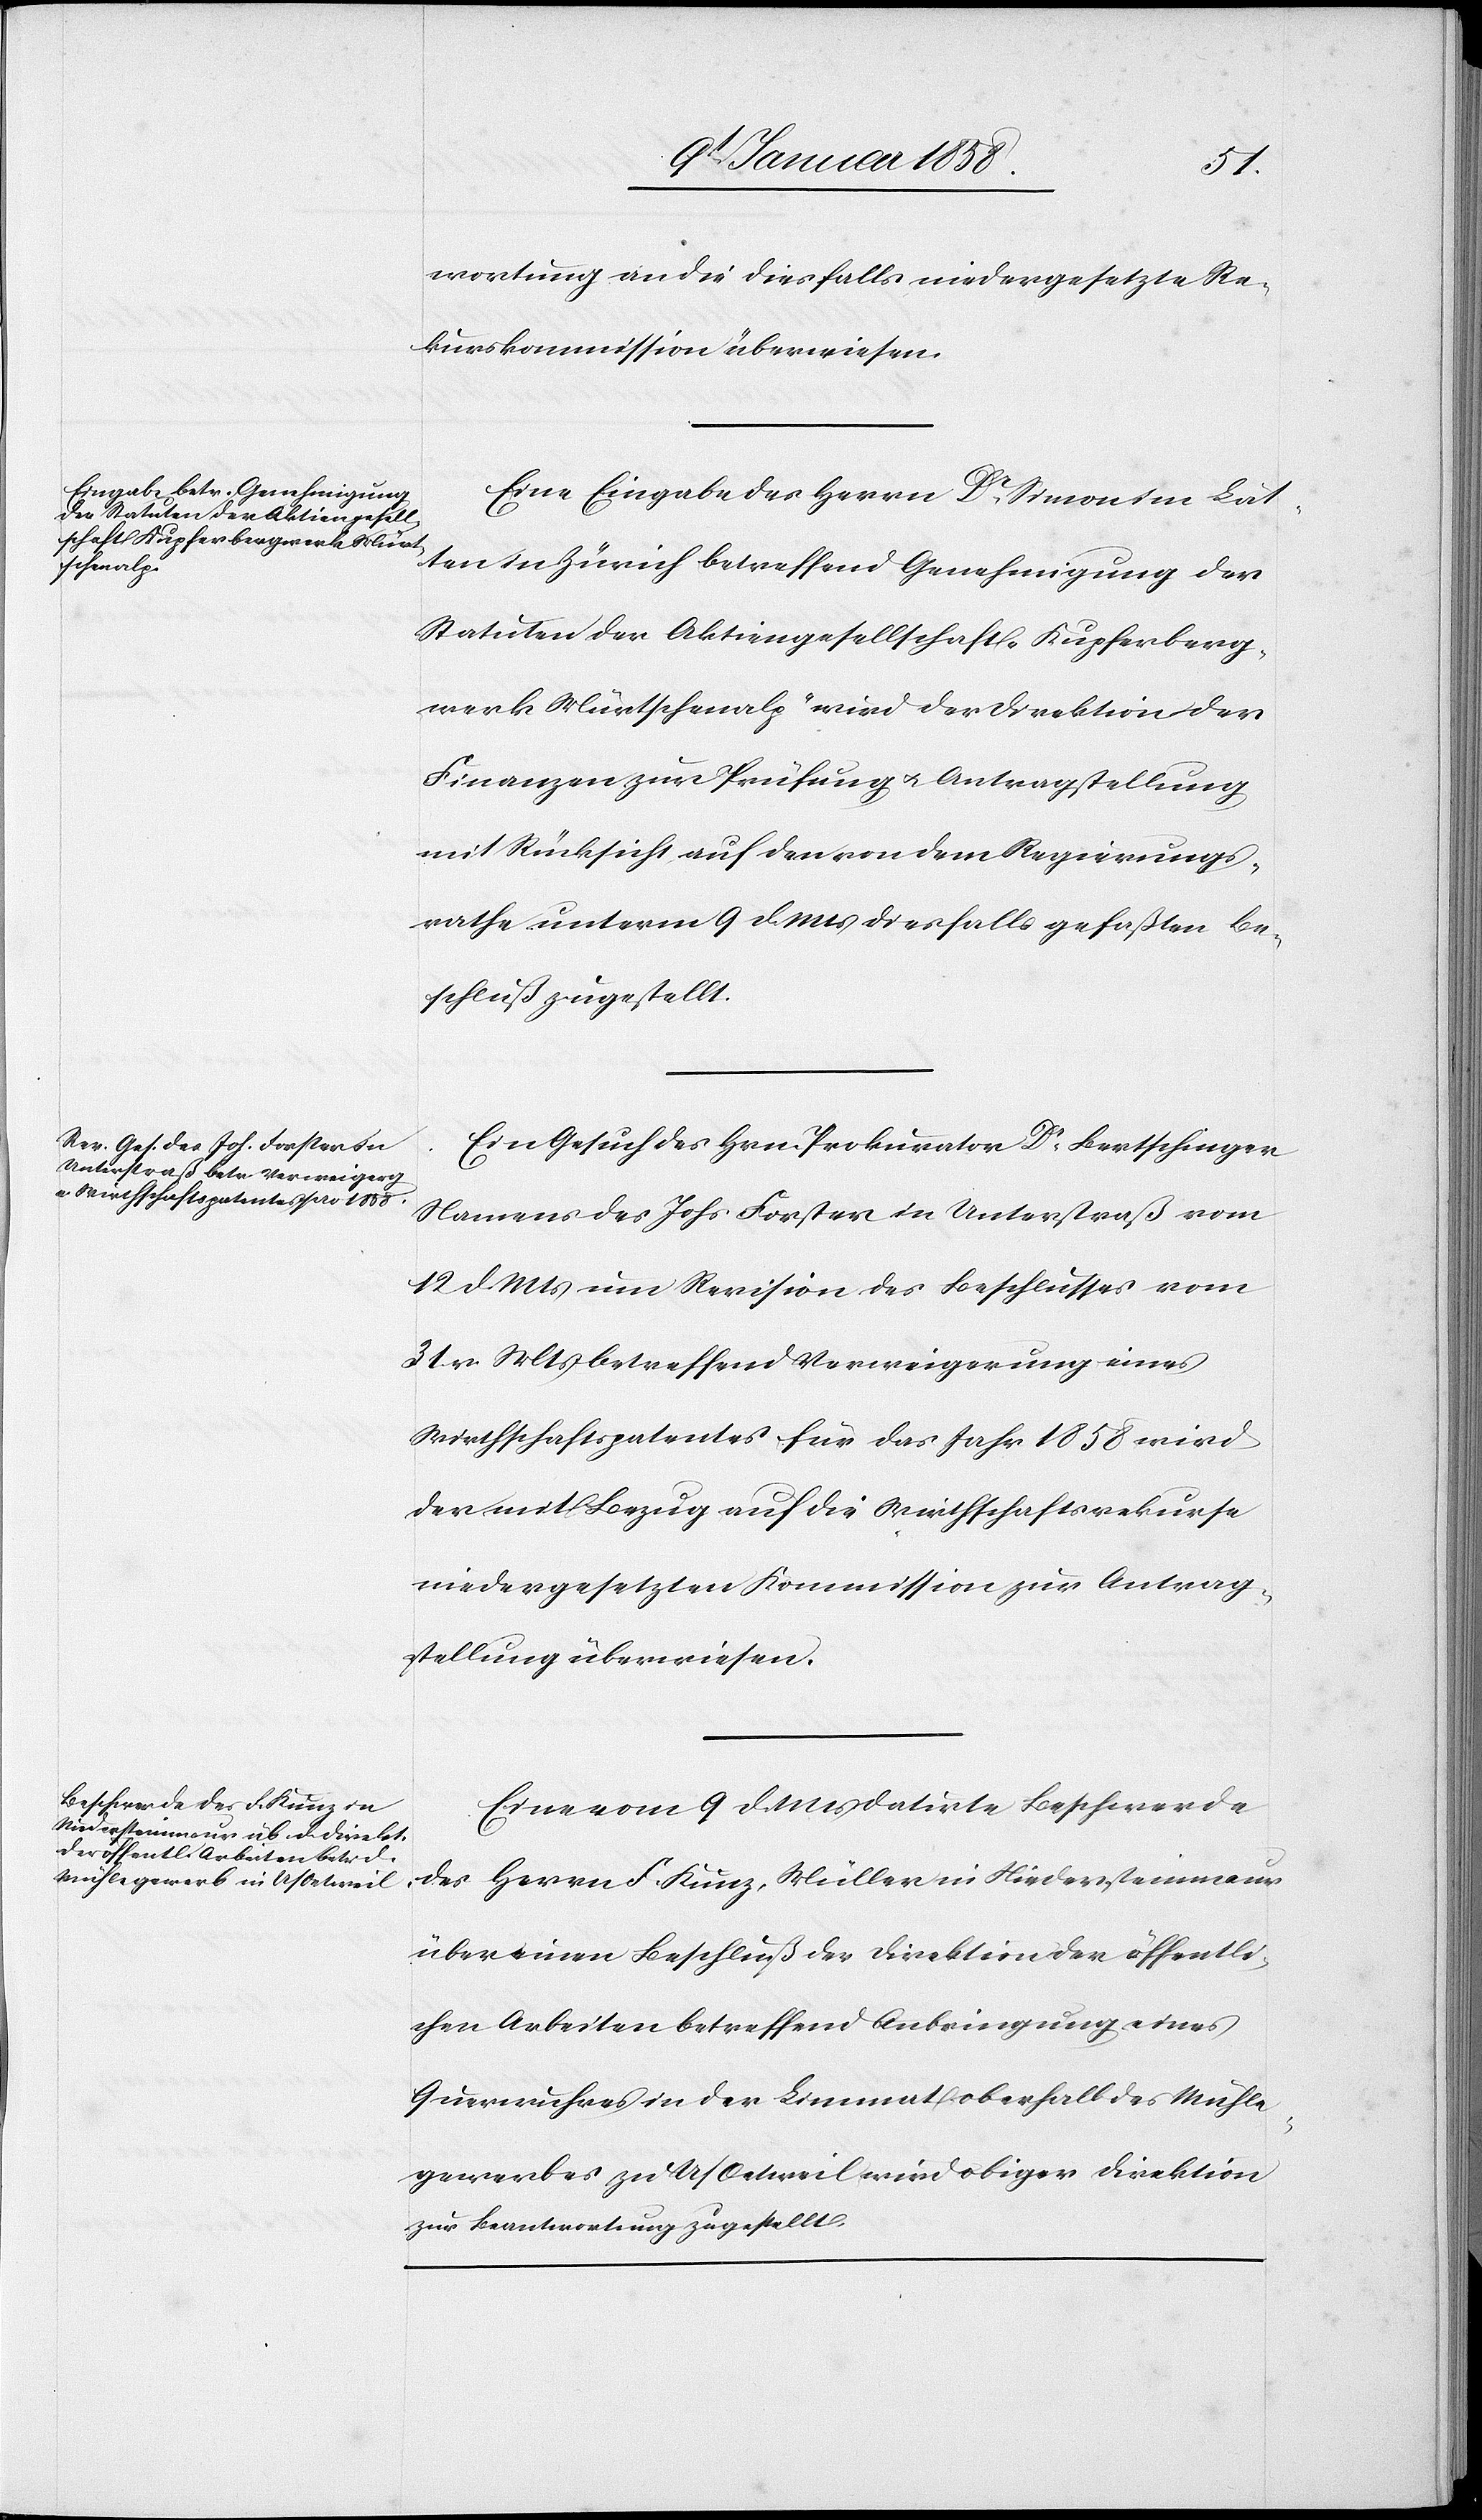
14t. Januar 1858.]
wortung an die diesfalls niedergesetzte Re¬
kurskommission überwiesen.
Eine Eingabe des Herrn Dr. Simon im Lät¬
ten in Zürich betreffend Genehmigung der
Statuten der Aktiengesellschaft „Kupferberg¬
werk Mürtschenalp“ wird der Direktion der
Finanzen zur Prüfung u. Antragstellung
mit Rücksicht auf den von dem Regierungs¬
rathe unterm 9 d Mts diesfalls gefaßten Be¬
schluß zugestellt.
Ein Gesuch des Hrn. Prokurator Dr. Bertschinger
Namens des Johs Forster in Unterstraß vom
12 d Mts um Revision des Beschlusses vom
31 v Mts betreffend Verweigerung eines
Wirthschaftspatentes für das Jahr 1858 wird
der mit Bezug auf die Wirthschaftsrekurse
niedergesetzten Kommission zur Antrag¬
stellung überwiesen.
Eine vom 9 d Mts datirte Beschwerde
des Herrn F. Kunz, Müller in Niedersteinmaur
über einen Beschluß der Direktion der öffentli¬
chen Arbeiten betreffend Anbringung eines
Querwuhres in der Limmat oberhalb des Mühle¬
gewerbes zu U/Oetweil wird obiger Direktion
zur Beantwortung zugestellt.